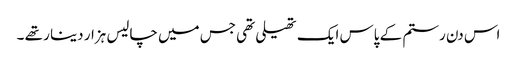
اس دن رستم کے پاس ایک تھیلی تھی جس میں چالیس ہزار دینا ر تھے ۔